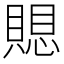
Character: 𮚗